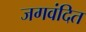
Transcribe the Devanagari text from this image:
जगवंदित